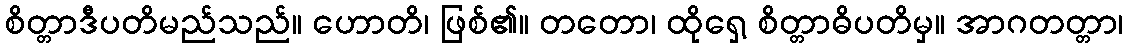
စိတ္တာဒီပတိမည်သည်။ ဟောတိ၊ ဖြစ်၏။ တတော၊ ထိုရှေ့ စိတ္တာဓိပတိမှ။ အာဂတတ္တာ၊